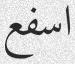
اسفع